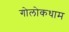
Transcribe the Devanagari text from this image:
गोलोकधाम